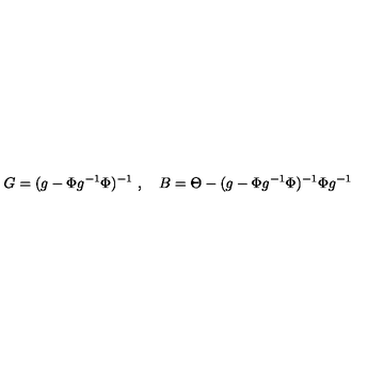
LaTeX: G = ( g - \Phi g ^ { - 1 } \Phi ) ^ { - 1 } \ , \quad B = \Theta - ( g - \Phi g ^ { - 1 } \Phi ) ^ { - 1 } \Phi g ^ { - 1 }